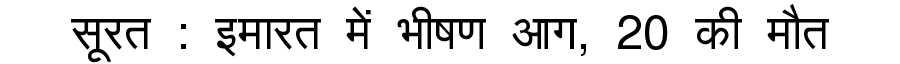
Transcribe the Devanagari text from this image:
सूरत : इमारत में भीषण आग, 20 की मौत